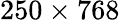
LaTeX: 250\times 768